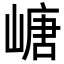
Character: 嵣